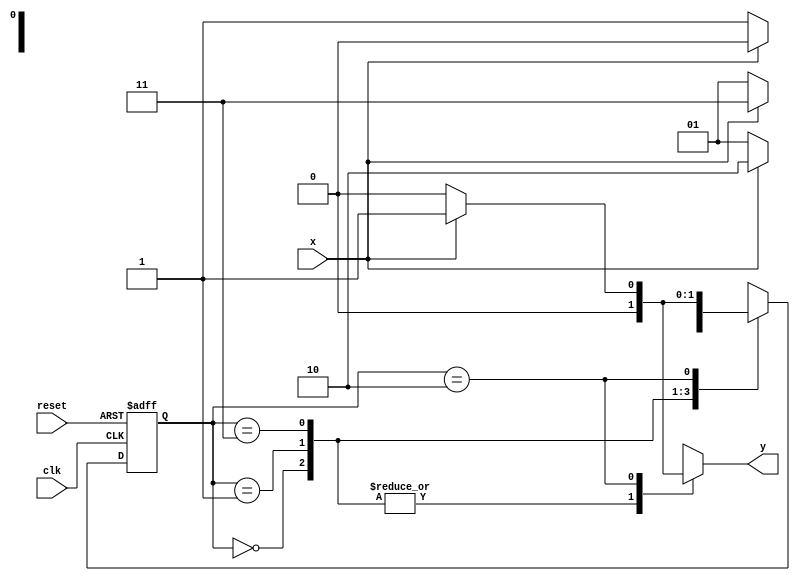
// Exemplo0054
// Aluno: Samuel Eusbio da Silva

//-----------
//--Mealy FSM
//-----------

//constant definitions
`define found 1
`define notfound 0

//FSM by Mealy

module mealy0111(y, x, clk, reset);

output y;
input x;
input clk;
input reset;

reg y;

parameter //state identifiers
start = 2'b00,
id01  = 2'b01,
id011 = 2'b11,
id0111= 2'b10;


reg[1:0]E1;//current state variables
reg[1:0]E2;//next stat logic output

//next state logic
always @(x or E1)
begin
	y = `notfound;
case(E1)
	start:
		if(x)
			E2 = start;
		else
			E2 = id01;
id01:
	if(x)
		E2 = id011;
	else
		E2 =	id01;
id011:
	if(x)
		E2 = id0111;
	else
		E2 = id01;	
id0111:
	if(x)
		begin
			E2 = id01;
			y = `found;
	end
			
	else
	begin
		E2 = start;
		y = `notfound;
	end
default:  //undefined state
	E2 = 2'bxx;
endcase

end // always at signal or state changing

//state variables
always @(posedge clk or negedge reset)
begin
if(reset)
E1 = E2; //updates current state
else
E1 = 0; //reset

end // always at signal changing

endmodule // mealy0111